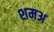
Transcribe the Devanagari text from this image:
शमअ